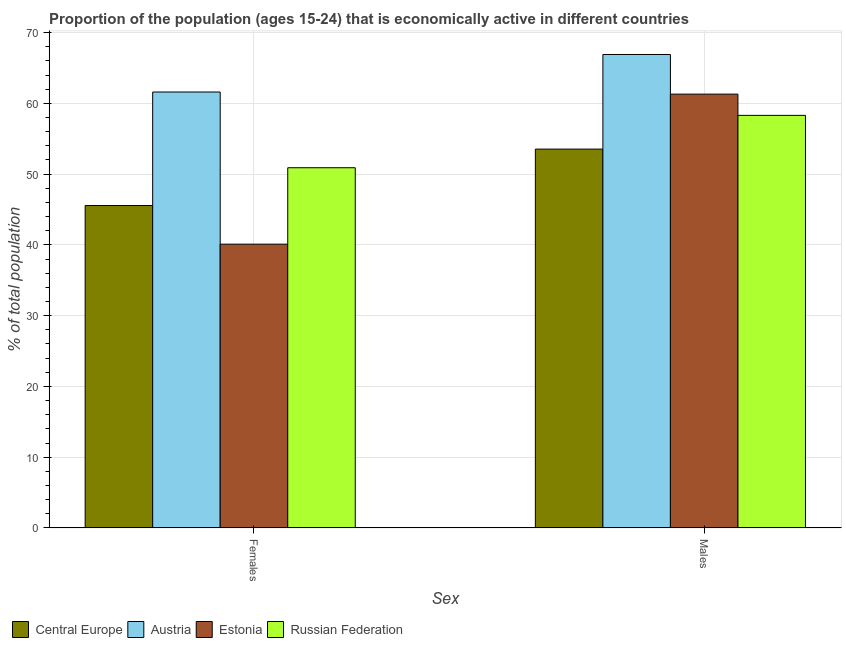
| Sex | Central Europe | Austria | Estonia | Russian Federation |
 | --- | --- | --- | --- | --- |
 | Females | 45.6 | 61.6 | 40.1 | 50.9 |
 | Males | 53.5 | 66.9 | 61.3 | 58.3 |